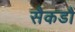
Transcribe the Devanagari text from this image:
सैकडौं